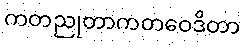
ကတညုတာကတဝေဒိတာ